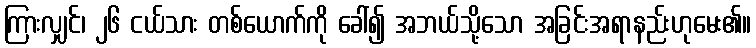
ကြားလျှင်၊ ၂၆ ငယ်သား တစ်ယောက်ကို ခေါ်၍ အဘယ်သို့သော အခြင်းအရာနည်းဟုမေး၏။